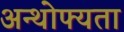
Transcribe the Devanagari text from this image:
अन्थोफ्यता